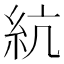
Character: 䋁